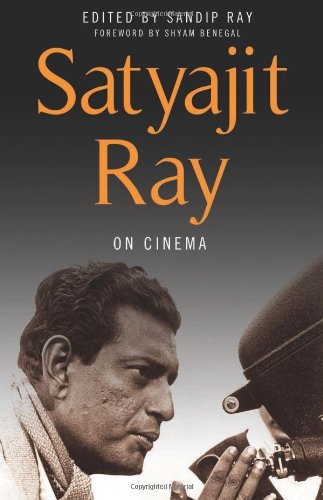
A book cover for Satyajit Ray on Cinema; Satyajit Ray; Arts & Photography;